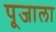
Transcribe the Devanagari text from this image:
पूजाला